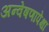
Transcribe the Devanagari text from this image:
अन्वेषणापेक्षा